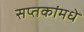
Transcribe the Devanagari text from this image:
सप्तकांमधे